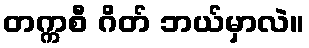
တက္ကစီ ဂိတ် ဘယ်မှာလဲ။